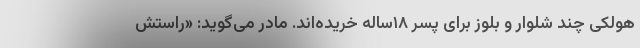
هولکی چند شلوار و بلوز برای پسر ۱۸ساله خریده‌اند. مادر می‌گوید: «راستش